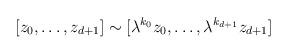
LaTeX: \begin{align*}[z_0,\ldots,z_{d+1}] \sim [\lambda^{k_0}z_0,\ldots,\lambda^{k_{d+1}}z_{d+1}]\end{align*}